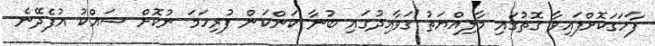
ފާހަގަކޮށްފައިވާ ގޮތުގައި މާލިއްޔަތު ގަވާއިދުގައި ބުނާ ކަންކަން ފުރިހަމަ ނުކޮށް ޝައްކު އުފެދޭނެ